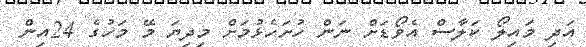
އަދި މައިލޯ ކަލާސް އެވޯޑަށް ނަން ހުށަހެޅުމަށް މިދިޔަ މޭ މަހުގެ 24އިން